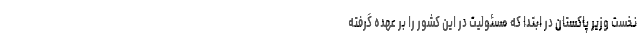
نخست وزیر پاکستان در ابتدا که مسئولیت در این کشور را بر عهده گرفته